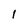
Character: l